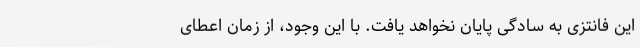
این فانتزی به سادگی پایان نخواهد یافت. با این وجود، از زمان اعطای